Indian journal of veterinary science and animal husbandry - Volumes 24-25, 1954-1955
Year: 1954
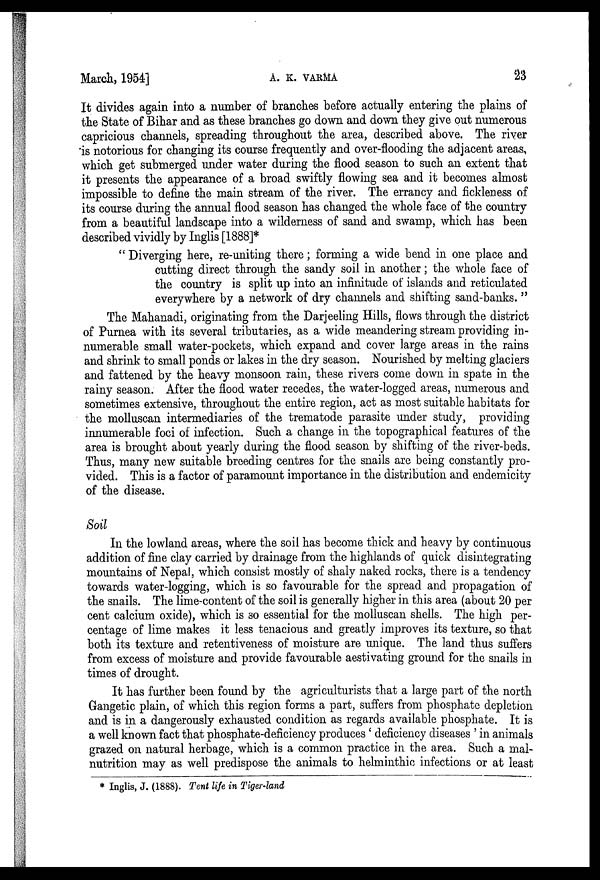
March, 1954]
A.
K.
VARMA
23
It divides again into a number of branches before actually entering the plains of
the State of Bihar and as these branches go down and down they give out numerous
capricious channels, spreading throughout the area, described above. The river
is notorious for changing its course frequently and over-flooding the adjacent areas,
which get submerged under water during the flood season to such an extent that
it presents the appearance of a broad swiftly flowing sea and it becomes almost
impossible to define the main stream of the river. The errancy and fickleness of
its course during the annual flood season has changed the whole face of the country
from a beautiful landscape into a wilderness of sand and swamp, which has been
described vividly by Inglis [1888]*
" Diverging here, re-uniting there; forming a wide bend in one place and
cutting direct through the sandy soil in another; the whole face of
the country is split up into an infinitude of islands and reticulated
everywhere by a network of dry channels and shifting sand-banks."
The Mahanadi, originating from the Darjeeling Hills, flows through the district
of Purnea with its several tributaries, as a wide meandering stream providing in-
numerable small water-pockets, which expand and cover large areas in the rains
and shrink to small ponds or lakes in the dry season. Nourished by melting glaciers
and fattened by the heavy monsoon rain, these rivers come down in spate in the
rainy season. After the flood water recedes, the water-logged areas, numerous and
sometimes extensive, throughout the entire region, act as most suitable habitats for
the molluscan intermediaries of the trematode parasite under study, providing
innumerable foci of infection. Such a change in the topographical features of the
area is brought about yearly during the flood season by shifting of the river-beds.
Thus, many new suitable breeding centres for the snails are being constantly pro-
vided. This is a factor of paramount importance in the distribution and endemicity
of the disease.
Soil
In the lowland areas, where the soil has become thick and heavy by continuous
addition of fine clay carried by drainage from the highlands of quick disintegrating
mountains of Nepal, which consist mostly of shaly naked rocks, there is a tendency
towards water-logging, which is so favourable for the spread and propagation of
the snails. The lime-content of the soil is generally higher in this area (about 20 per
cent calcium oxide), which is so essential for the molluscan shells. The high per-
centage of lime makes it less tenacious and greatly improves its texture, so that
both its texture and retentiveness of moisture are unique. The land thus suffers
from excess of moisture and provide favourable aestivating ground for the snails in
times of drought.
It has further been found by the agriculturists that a large part of the north
Gangetic plain, of which this region forms a part, suffers from phosphate depletion
and is in a dangerously exhausted condition as regards available phosphate. It is
a well known fact that phosphate-deficiency produces 'deficiency diseases' in animals
grazed on natural herbage, which is a common practice in the area. Such a mal-
nutrition may as well predispose the animals to helminthic infections or at least
* Inglis, J. (1888). Tent life in Tiger-land